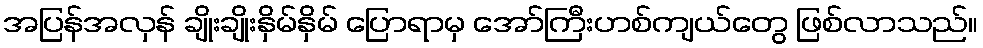
အပြန်အလှန် ချိုးချိုးနှိမ်နှိမ် ပြောရာမှ အော်ကြီးဟစ်ကျယ်တွေ ဖြစ်လာသည်။